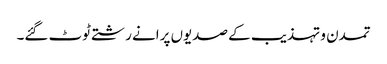
تمدن و تہذیب کے صدیوں پرانے رشتے ٹوٹ گئے۔